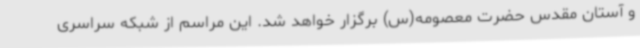
و آستان مقدس حضرت معصومه(س) برگزار خواهد شد. این مراسم از شبکه سراسری